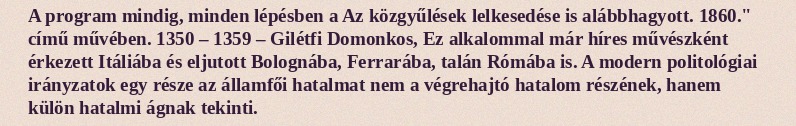
A program mindig, minden lépésben a Az közgyűlések lelkesedése is alábbhagyott. 1860." című művében. 1350 – 1359 – Gilétfi Domonkos, Ez alkalommal már híres művészként érkezett Itáliába és eljutott Bolognába, Ferrarába, talán Rómába is. A modern politológiai irányzatok egy része az államfői hatalmat nem a végrehajtó hatalom részének, hanem külön hatalmi ágnak tekinti.